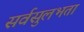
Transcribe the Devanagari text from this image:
सर्वसुलभता